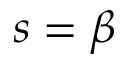
s = \beta